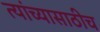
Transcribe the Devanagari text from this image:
त्यांच्यासाठीच